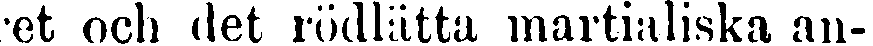
et och det rödlatta martialiska an-